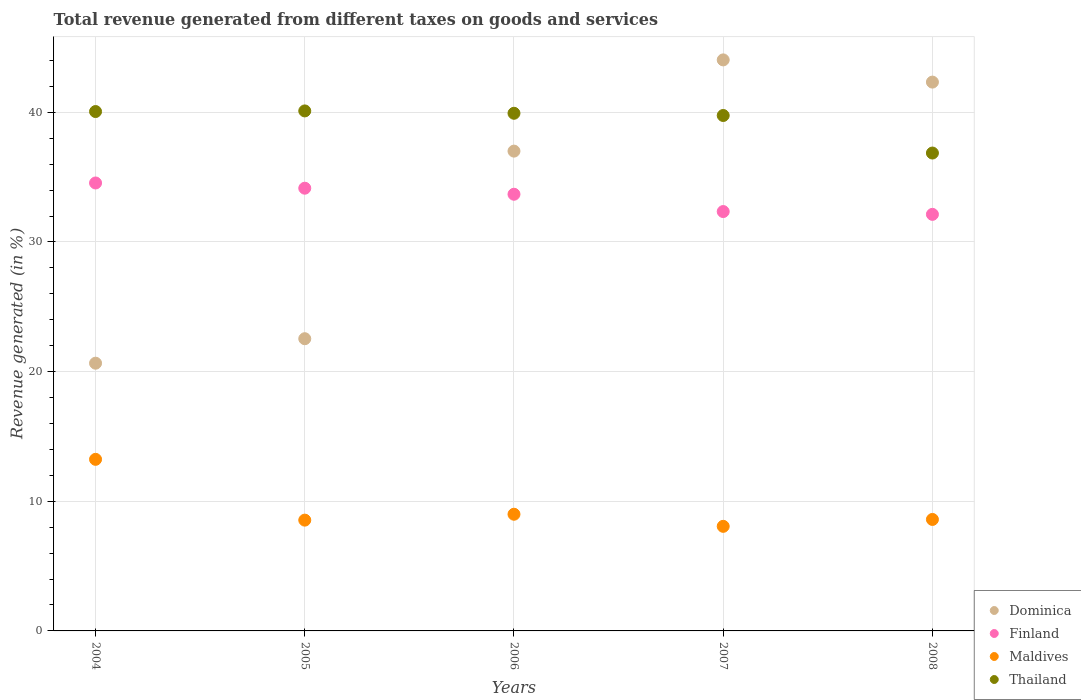
| Years | Dominica | Finland | Maldives | Thailand |
 | --- | --- | --- | --- | --- |
 | 2004 | 20.7 | 34.6 | 13.2 | 40.1 |
 | 2005 | 22.5 | 34.1 | 8.55 | 40.1 |
 | 2006 | 37 | 33.7 | 9 | 39.9 |
 | 2007 | 44 | 32.3 | 8.07 | 39.8 |
 | 2008 | 42.3 | 32.1 | 8.6 | 36.9 |